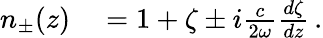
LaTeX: \begin{array}{rl}{n_{\pm}(z)}&{{}=1+\zeta\pm i\frac{c}{2\omega}\frac{d\zeta}{dz}\, .}\end{array}